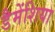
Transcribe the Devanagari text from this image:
डैमेंशिया